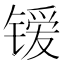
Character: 𰾭